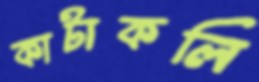
কাটাকলি